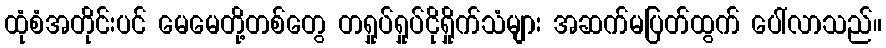
ထုံစံအတိုင်းပင် မေမေတို့တစ်တွေ တရှုပ်ရှုပ်ငိုရှိုက်သံများ အဆက်မပြတ်ထွက် ပေါ်လာသည်။